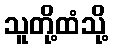
သူတို့ထံသို့